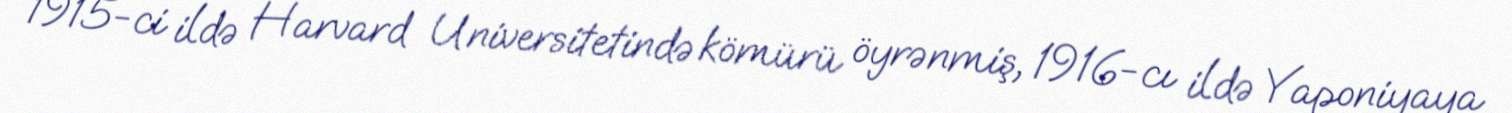
1915-ci ildə Harvard Universitetində kömürü öyrənmiş, 1916-cı ildə Yaponiyaya